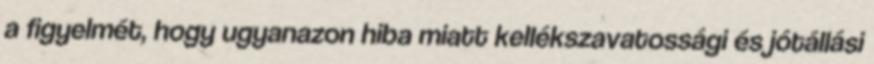
a figyelmét, hogy ugyanazon hiba miatt kellékszavatossági és jótállási